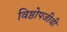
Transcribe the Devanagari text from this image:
विष्ठोपजीवी